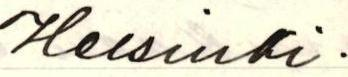
Helsinki.